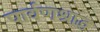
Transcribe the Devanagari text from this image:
पार्वणश्राद्ध